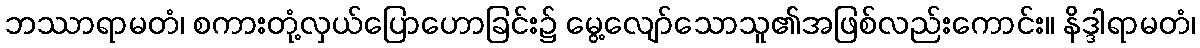
ဘဿာရာမတံ၊ စကားတုံ့လှယ်ပြောဟောခြင်း၌ မွေ့လျော်သောသူ၏အဖြစ်လည်းကောင်း။ နိဒ္ဒါရာမတံ၊